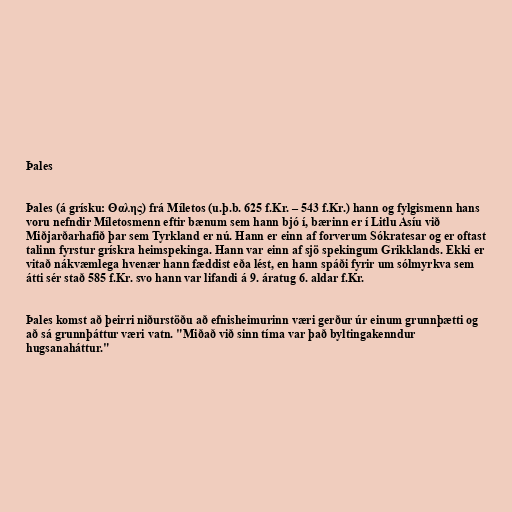
Þales

Þales (á grísku: Θαλης) frá Míletos (u.þ.b. 625 f.Kr. – 543 f.Kr.) hann og fylgismenn hans
voru nefndir Míletosmenn eftir bænum sem hann bjó í, bærinn er í Litlu Asíu við
Miðjarðarhafið þar sem Tyrkland er nú. Hann er einn af forverum Sókratesar og er oftast
talinn fyrstur grískra heimspekinga. Hann var einn af sjö spekingum Grikklands. Ekki er
vitað nákvæmlega hvenær hann fæddist eða lést, en hann spáði fyrir um sólmyrkva sem
átti sér stað 585 f.Kr. svo hann var lifandi á 9. áratug 6. aldar f.Kr.

Þales komst að þeirri niðurstöðu að efnisheimurinn væri gerður úr einum grunnþætti og
að sá grunnþáttur væri vatn. "Miðað við sinn tíma var það byltingakenndur
hugsanaháttur."